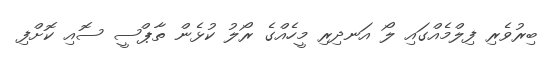
ބިރުވެރި ފިލްމެއްގައި ލޯ އަނދިރި މީހެއްގެ ރޯލު ކުޅެން ތާޕްސީ ސޮއި ކޮށްފި